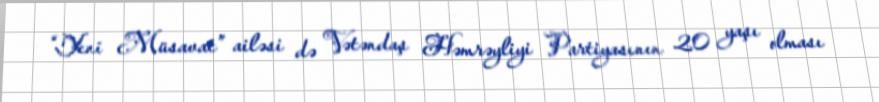
“Yeni Müsavat” ailəsi də Vətəndaş Həmrəyliyi Partiyasının 20 yaşı olması